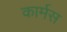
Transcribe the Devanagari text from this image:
कार्मस